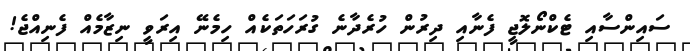
ސައިންސާއި ޓެކްނޯލޮޖީ ފެނާއި ދިރުން ހުރެދާނެ ގުރަހަތަކެއް ހިމެނޭ އިރަވީ ނިޒާމެއް ފެނިއްޖެ!